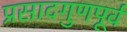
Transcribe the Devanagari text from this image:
प्रसादगुणपूर्व